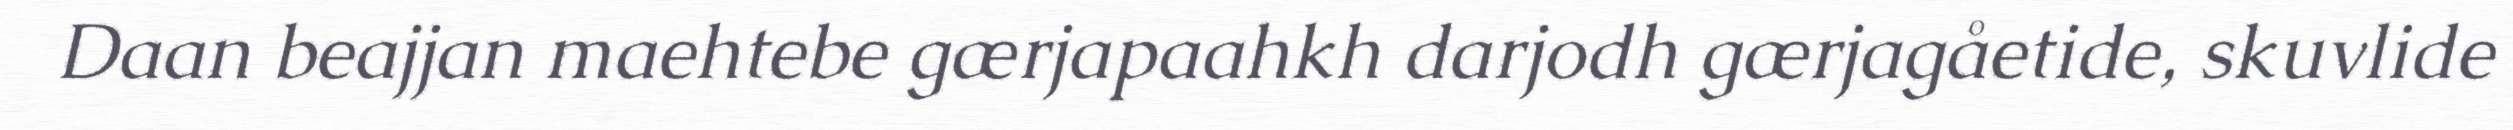
Daan beajjan maehtebe gærjapaahkh darjodh gærjagåetide, skuvlide